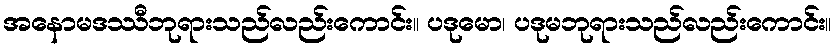
အနောမဒဿီဘုရားသည်လည်းကောင်း။ ပဒုမော၊ ပဒုမဘုရားသည်လည်းကောင်း။